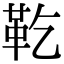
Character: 䩐